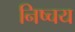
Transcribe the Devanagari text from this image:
निष्चय